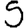
Digit: 5